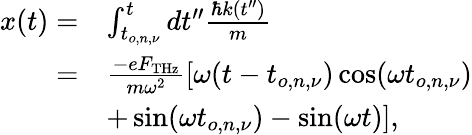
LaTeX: \begin{array}{rl}{x(t)=}&{\int_{t_{o,n,\nu}}^{t}dt^{\prime\prime}\frac{\hbar k(t^{\prime\prime})}{m}}\\ {=}&{\frac{-eF_{\mathrm{THz}}}{m\omega^{2}}[\omega(t-t_{o,n,\nu})\cos(\omega t_{o,n,\nu})}\\ &{+\sin(\omega t_{o,n,\nu})-\sin(\omega t)],}\end{array}